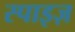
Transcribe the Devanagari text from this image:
स्पाइज़